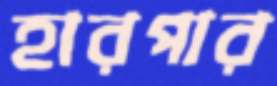
হারপার